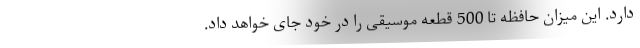
دارد. این میزان حافظه تا 500 قطعه موسیقی را در خود جای خواهد داد.